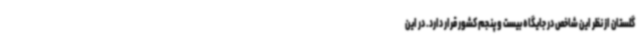
گلستان از نظر این شاخص در جایگاه بیست و پنجم کشور قرار دارد. در این